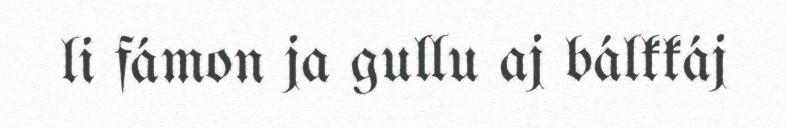
li fámon ja gullu aj bálkkáj